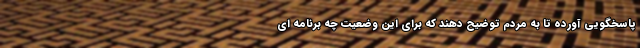
پاسخگویی آورده تا به مردم توضیح دهند که برای این وضعیت چه برنامه ای